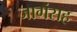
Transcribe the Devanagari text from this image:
जागंसह